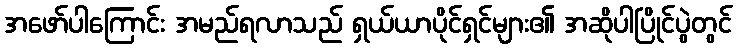
အဖော်ပါကြောင်း အမည်ရလာသည် ရှယ်ယာပိုင်ရှင်များ၏ အဆိုပါပြိုင်ပွဲတွင်